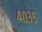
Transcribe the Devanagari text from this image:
४०३५